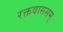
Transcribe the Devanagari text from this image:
रक्तवाससम्